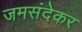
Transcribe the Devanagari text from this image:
जमसंदेकर